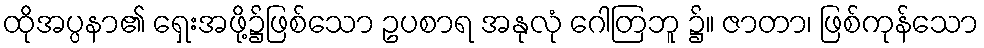
ထိုအပ္ပနာ၏ ရှေးအဖို့၌ဖြစ်သော ဥပစာရ အနုလုံ ဂေါတြဘူ ၌။ ဇာတာ၊ ဖြစ်ကုန်သော